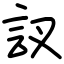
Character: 訍